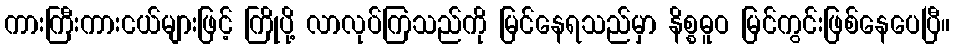
ကားကြီးကားငယ်များဖြင့် ကြိုပို့ လာလုပ်ကြသည်ကို မြင်နေရသည်မှာ နိစ္စဓူဝ မြင်ကွင်းဖြစ်နေပေပြီ။